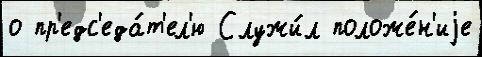
о пр'едс'еда́т'ел'ю Служи́л положе́н'иjе